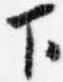
下